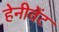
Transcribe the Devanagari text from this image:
हेनीवेंट